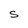
Character: S